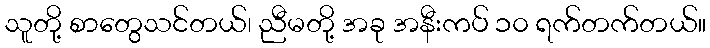
သူတို့ စာတွေသင်တယ်၊ ညီမတို့ အခု အနီးကပ် ၁၀ ရက်တက်တယ်။